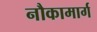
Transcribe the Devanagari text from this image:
नौकामार्ग